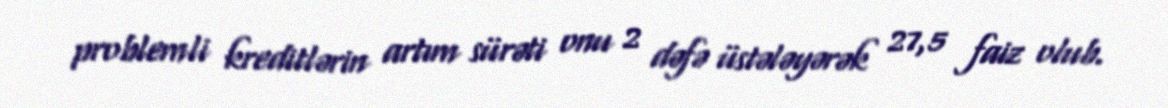
problemli kreditlərin artım sürəti onu 2 dəfə üstələyərək 27,5 faiz olub.